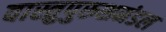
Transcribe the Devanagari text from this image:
वास्तुपुरुशमंडल